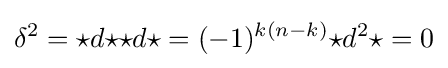
\delta ^{2}={\star }d{\star }{\star }d{\star }=(-1)^{k(n-k)}{\star }d^{2}{\star }=0